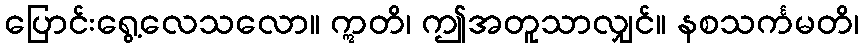
ပြောင်းရွေ့လေသလော။ ဣတိ၊ ဤအတူသာလျှင်။ နစသင်္ကမတိ၊